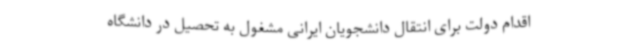
اقدام دولت برای انتقال دانشجویان ایرانی مشغول به تحصیل در دانشگاه